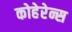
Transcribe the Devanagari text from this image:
कोहेरेन्स